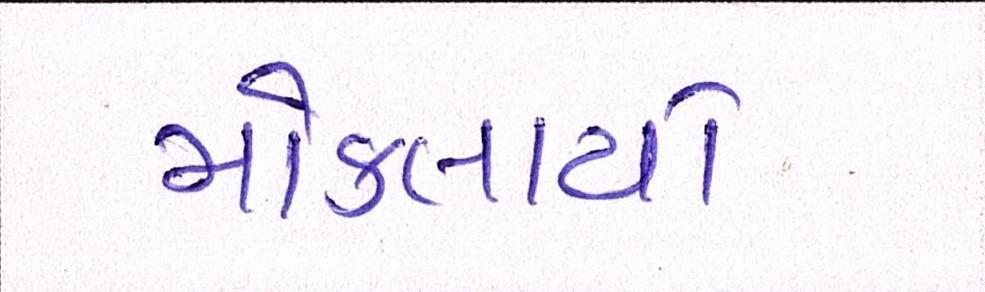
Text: મોકલાયો